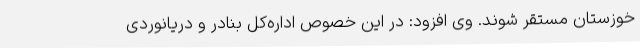
خوزستان مستقر شوند. وی افزود: در این خصوص اداره‌کل بنادر و دریانوردی